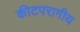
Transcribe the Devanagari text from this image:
कीटपरागीय